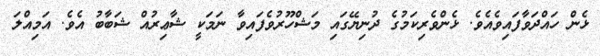
ޅެން ހައްދަވާފައިވެއެވެ. ޅެންވެރިކަމުގެ ދުނިޔޭގައި މަޝްހޫރުވެފައިވާ ނަމަކީ ޝާޢިރުއް ޝަބާބު އެވެ. އަމިއްލަ